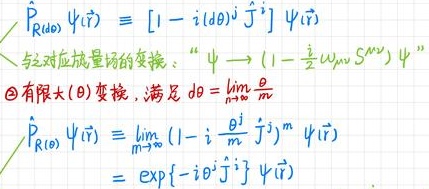
\[
\begin{align*}
\hat{P}_{R(d\theta)}\psi(\vec{r})&=[1 - i (d\theta)^j \hat{J}^j]\psi(\vec{r})\\
&\text{经对应旋量场的变换：“}\psi\to(1 - \frac{i}{2}\omega_{\mu\nu}S^{\mu\nu})\psi\\
&\text{\textcircled{2}有限大}(\theta)\text{变换，满足}d\theta=\lim_{m\to\infty}\frac{\theta}{m}\\
\hat{P}_{R(\theta)}\psi(\vec{r})&=\lim_{m\to\infty}(1 - i\frac{\theta^j}{m}\hat{J}^j)^m\psi(\vec{r})\\
&=\exp\{-i\theta^j\hat{J}^j\}\psi(\vec{r})
\end{align*}
\]